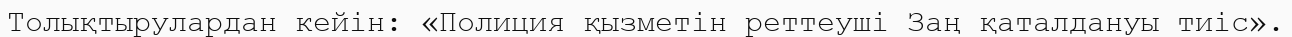
Толықтырулардан кейін: «Полиция қызметін реттеуші Заң қаталдануы тиіс».